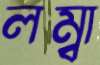
লম্বা